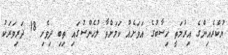
ޔުކްރެއިންގެ އިރުމަތީ ހިސާބުގެ އަވަށެއް ކަމަށްވާ ލުހެންސުގައި ތިބި ދިވެހި 18 ދަރިވަރަކު